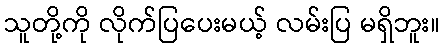
သူတို့ကို လိုက်ပြပေးမယ့် လမ်းပြ မရှိဘူး။